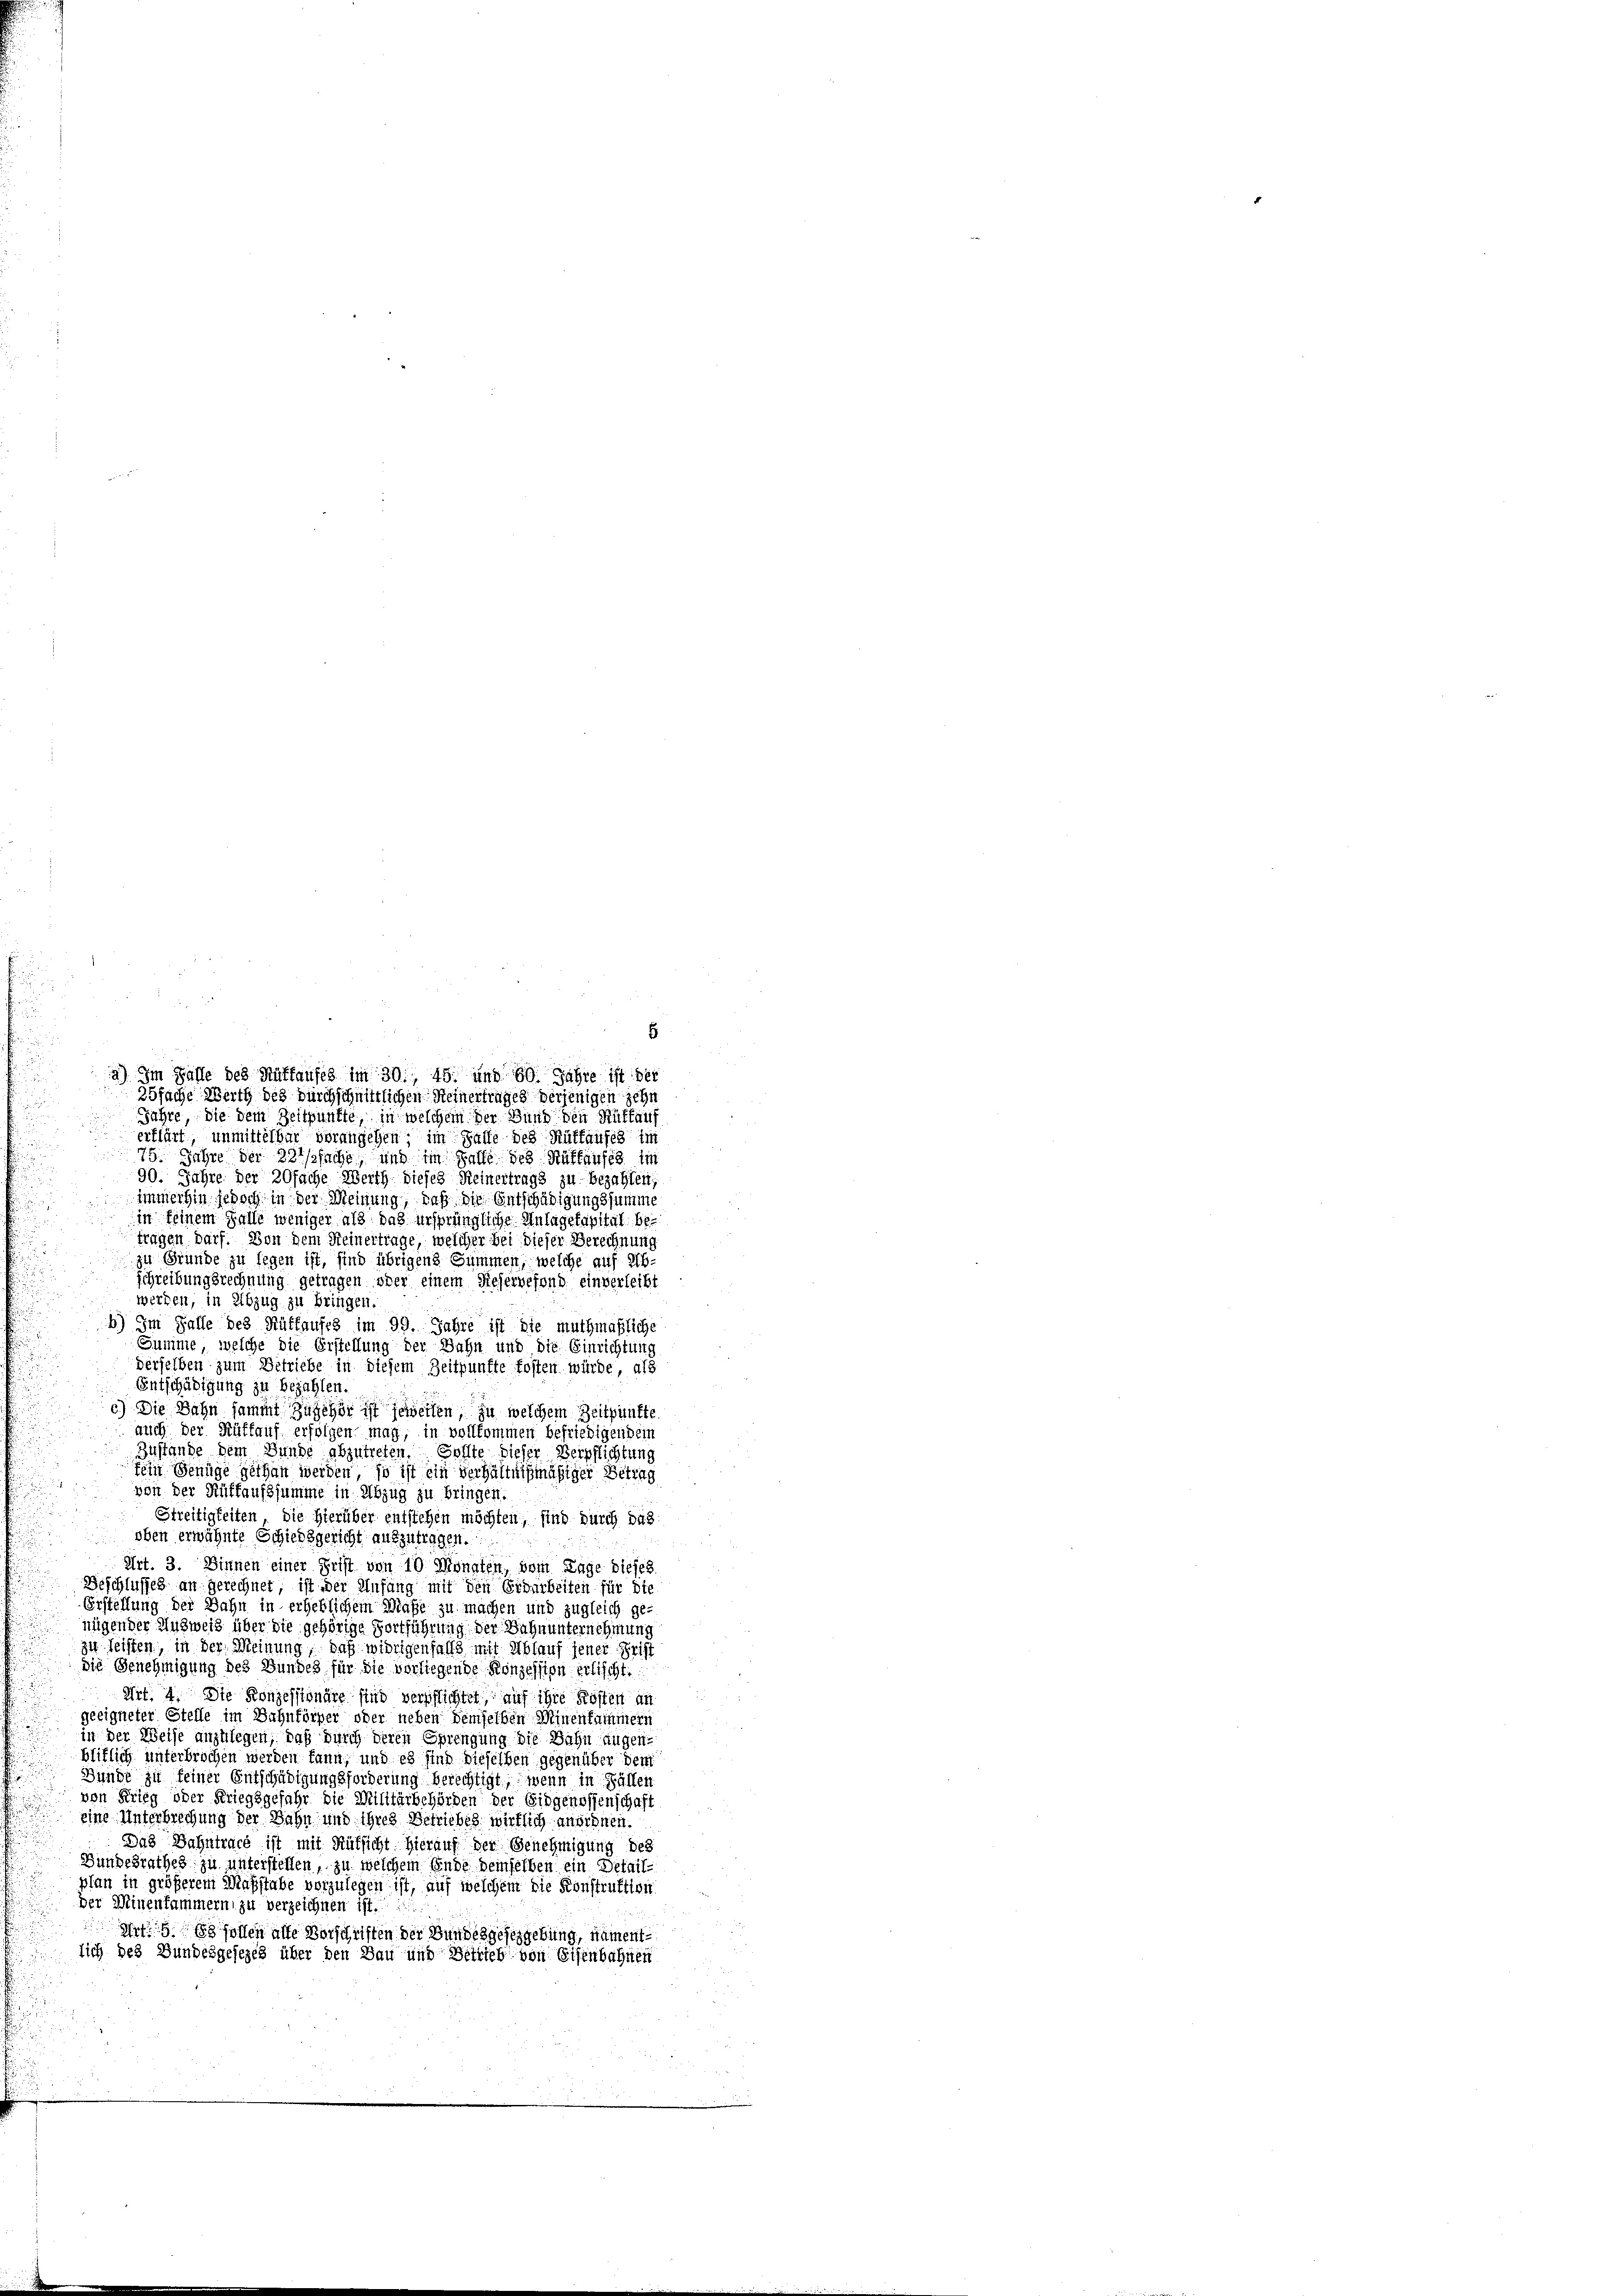
35fache Werth des durchschnittlichen Reinertrages derjenigen zehn
Jahre die dem Zeitpunkte, in welchem der Bund den Ruffauf
 erklärt unmittelbar vorangehen; im Falle des Rüttaufes im
75. Jahre der Belssache, und im Falle des Ruffaufes im
90. Jahre der 20fache Werth dieses Reinertrags zu bezahlen,
immerhin jedoch in der Meinung, daß die Entschädigungssumme
in keinem Falle weniger als das ursprüngliche Anlagekapital bei
tragen darf. Von dem Reinertrage, welcher bei dieser Berechnung
zu Gründe zu legen ist, sind übrigen Summen, welche auf Ab-
schreibungsrechnung getragen oder einem Dieservefond einverleibt
werden, in Abzug zu bringen
b) Im Falle des Rüttaufes im 99. Jahre ist die muthmaßliche
Summe, welche die Erstellung der Bahn und die Einrichtung
derselben zum Betriebe in diesem Zeitpunfte fosten würde, als
Entschädigung zu bezahlen.
c) Die Jahn sammt zugehör ist jeweisen, zu welchem Zeitpunkte
auch der Rüffauf erfolgen mag, in vollkommen befriedigendein
Zustande dem Bunde abzutreten. Sollte dieser Verpflichtung
fein jenige gethan werden, so ist ein verhältnißmäßiger Betrag
von der Rüffaufssumme in Abzug zu bringen.
Streitigkeiten, die hierüber entstehen möchten, sind durch das
oben erwähnte Schiedsgericht aufzutragen.
Art. 3. Binnen einer Frist von 10 Monaten, vom Tage dieses
Beschlusses an gerechnet, ist der Anfang mit den Erdarbeiten für die
Erstellung der Bahn in erheblichem Maße zu machen und zugleich ge-
nügender Ausweis über die gehörige Fortführung der Wahnunternehmung
zu leisten, in der Meinung, daß widrigenfalls mit Ablauf jener Frist
die Genehmigung des Bundes für die vorliegende Konzession erlischt.
Art. 4. Die Konzessionäre sind verpflichtet, auf ihre Kosten an
geeigneter Stelle im Bahnförger oder neben demselben Minenfachmeri
in der Weise anzulegen, daß durch deren Sprengung die Bahn augenbliflich unterbrochen werden kann, und es sind dieselben gegenüber dem
Bunde zu seiner Entschädigungsforderung berechtigt, wenn in Fällen
von Krieg oder Kriegsgefahr die Militärbehörden der Eidgenossenschaft
.
eine Unterbrechung der Bahn und ihres Betriebes, wirklich anordnen.
Das Dahntract ist mit Rüksicht hierauf der Genehmigung des
Bundesrathes zu unterstellen, zu welchem Ende demselben ein Detailplan in größerem Maßstabe vorzulegen ist, auf welchem die Konstruktion
der Minenfammern zu verzeichnen ist.
Art. 5. Es sollen alte Vorschriften der Bundesgesezgebung, nament-
lich des Bundesgesezes über den Bau und Betrieb von Eisenbahnen

2) Im Falle des Auffaufes im 30, 45. und 60. Jahre ist der

5